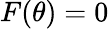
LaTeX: F(\theta)=0